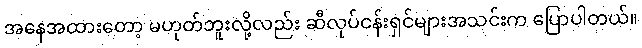
အနေအထားတော့ မဟုတ်ဘူးလို့လည်း ဆီလုပ်ငန်းရှင်များအသင်းက ပြောပါတယ်။